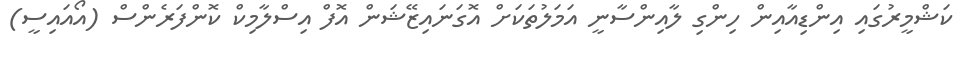
ކަޝްމީރުގައި އިންޑިއާއިން ހިންގި ލާއިންސާނީ އަމަލުތަކަށް އޮގަނައިޒޭޝަން އޮފް އިސްލާމިކް ކޮންފަރެންސް (އޯއައިސީ)